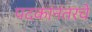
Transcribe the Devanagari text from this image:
पदकांनंतरचे